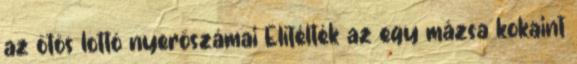
az ötös lottó nyerőszámai Elítélték az egy mázsa kokaint